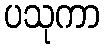
ပသုကာ